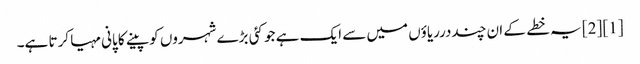
[1] [2] یہ خطے کے ان چنددرریاؤں میں سے ایک ہے جو کئی بڑے شہروں کو پینے کا پانی مہیا کرتا ہے۔